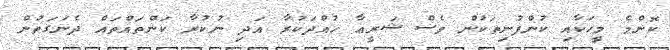
ކޮންމެ މީހަކާއި ކުންފުނިތަކުން ވެސް ޝަރީޢާ ހުއްދަކުރާ އަދި ނުކުރާ ކަންތައްތައް ދެނަގަތުން